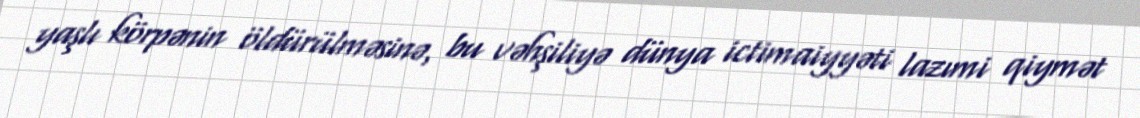
yaşlı körpənin öldürülməsinə, bu vəhşiliyə dünya ictimaiyyəti lazımi qiymət